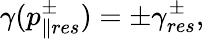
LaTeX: \gamma(p_{\parallel res}^{\pm})=\pm\gamma_{res}^{\pm},